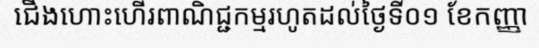
ជើងហោះហើរពាណិជ្ជកម្មរហូតដល់ថ្ងៃទី០១ ខែកញ្ញា